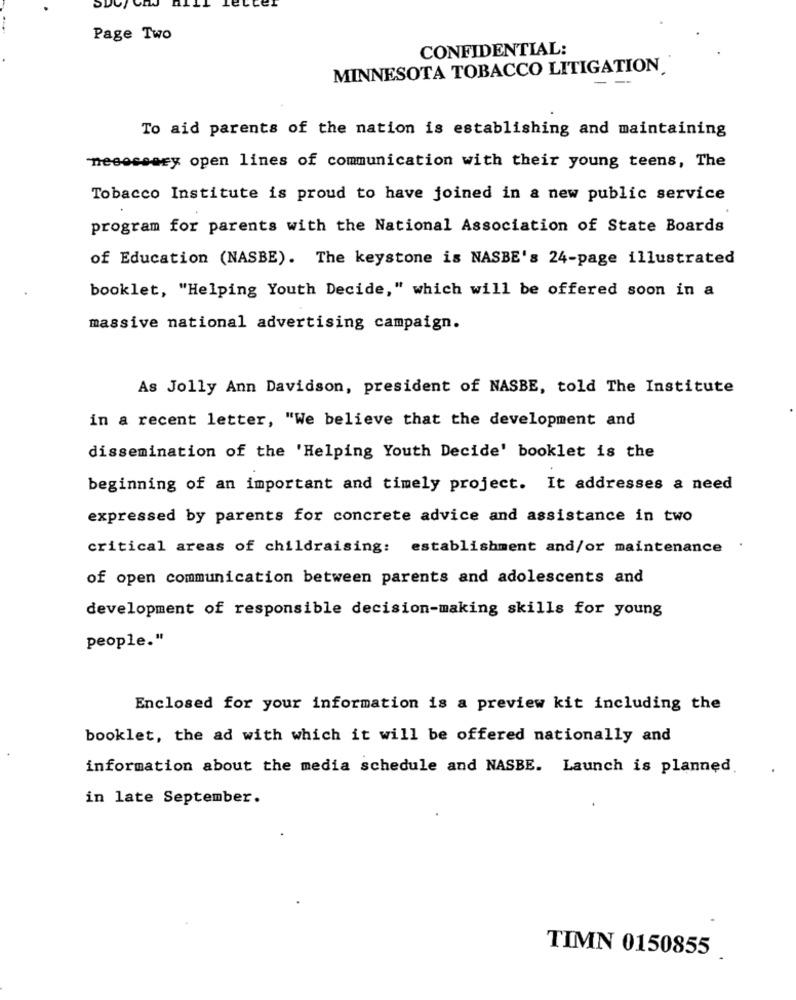
Page Two
CONFIDENTIAL:
MINNESOTA TOBACCO LITIGATION
- -
To aid parents of the nation is establishing and maintaining
"necessary open lines of communication with their young teens, The
Tobacco Institute is proud to have joined in a new public service
program for parents with the National Association of State Boards
of Education (NASBE). The keystone is NASBE's 24-page illustrated
booklet, "Helping Youth Decide," which will be offered soon in a
massive national advertising campaign.
As Jolly Ann Davidson, president of NASBE, told The Institute
in a recent letter, "We believe that the development and
dissemination of the 'Helping Youth Decide' booklet is the
beginning of an important and timely project. It addresses a need
expressed by parents for concrete advice and assistance in two
critical areas of childraising: establishment and/or maintenance
of open communication between parents and adolescents and
development of responsible decision-making skills for young
people."
Enclosed for your information is a preview kit including the
booklet, the ad with which it will be offered nationally and
information about the media schedule and NASBE. Launch is planned.
in late September.
TIMN 0150855